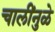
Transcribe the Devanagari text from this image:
चालींनुळे